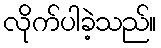
လိုက်ပါခဲ့သည်။